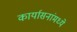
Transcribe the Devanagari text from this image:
कार्यासनांमध्ये